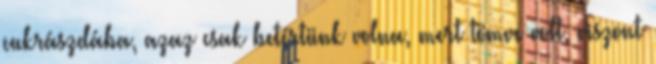
cukrászdába, azaz csak betértünk volna, mert tömve volt, viszont